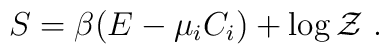
S  =  \beta (E-\mu_{i}C_{i})+\log {\cal Z}\ .